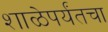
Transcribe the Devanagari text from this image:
शाळेपर्यंतचा